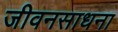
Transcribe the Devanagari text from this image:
जीवनसाधना